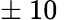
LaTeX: \pm\nobreakspace 10\nobreakspace